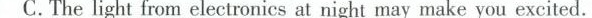
C. The light from electronics at night may make you excited.